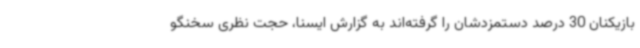
بازیکنان 30 درصد دستمزدشان را گرفته‌اند به گزارش ایسنا، حجت نظری سخنگو